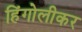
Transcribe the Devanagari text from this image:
हिंगोलीकर